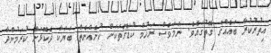
އިތުރުކުރާ ބައެއްގެ ގޮތުގައެވެ. ނަމަވެސް ރަހުމް ކުޑަގޮތަކަށް ކުށެއްނެތް ބަޔަކާ ދެކޮޅަށް ކުރަމުންދާ